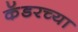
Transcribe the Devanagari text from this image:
कॅडरच्या